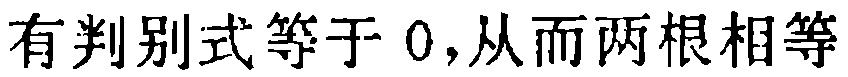
有判别式等于 \(0\)，从而两根相等